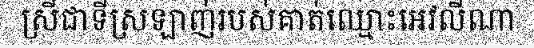
ស្រីជាទីស្រឡាញ់របស់គាត់ឈ្មោះអេវលីណា